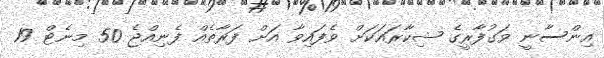
އިންސާނީ ވަގުފާރީގެ ޝިކާރައަކަށް ވެފައިވާ އަށް ފަރާތެއް ފެނިއްޖެ 50 މިނެޓް 19